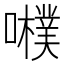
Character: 𡃾